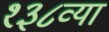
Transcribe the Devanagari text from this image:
१३८व्या